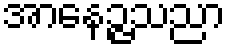
အာနေဉ္ဇသညာ